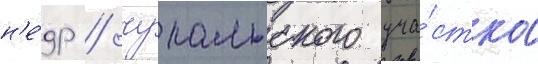
н'е́др / чупальского уча́стка